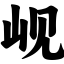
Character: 岘